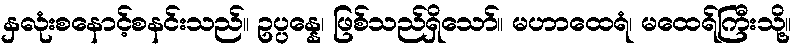
နှလုံးစနောင့်စနင်းသည်။ ဥပ္ပန္နေ၊ ဖြစ်သည်ရှိသော်။ မဟာထေရံ၊ မထေရ်ကြီးသို့။